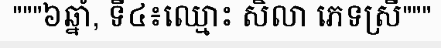
"""៦ឆ្នាំ, ទី៤៖ឈ្មោះ សិលា ភេទស្រី"""